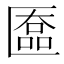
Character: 匲